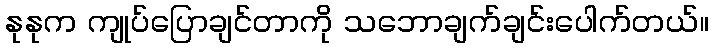
နုနုက ကျုပ်ပြောချင်တာကို သဘောချက်ချင်းပေါက်တယ်။